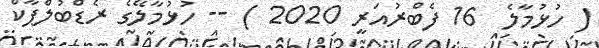
( ހުޅުމާލެ  16 ފެބްރުއަރީ 2020 ) -- ހުޅުމާލޭގެ ރެޑްބުލްޕާކް